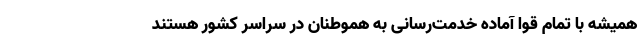
همیشه با تمام قوا آماده خدمت‌رسانی به هموطنان در سراسر کشور هستند